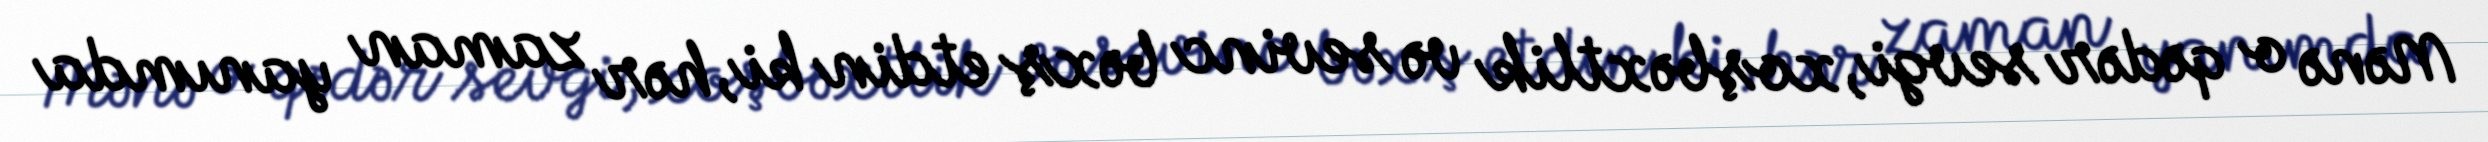
Mənə o qədər sevgi, xoşbəxtlik və sevinc bəxş etdin ki, hər zaman yanımda